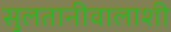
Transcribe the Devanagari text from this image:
सुलतानीवालाशी